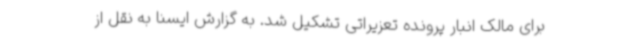
برای مالک انبار پرونده تعزیراتی تشکیل شد. به گزارش ایسنا به نقل از